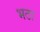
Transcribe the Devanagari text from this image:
भठा